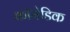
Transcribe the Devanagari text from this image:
कॉमेडिक